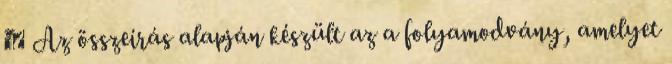
↑ Az összeírás alapján készült az a folyamodvány, amelyet